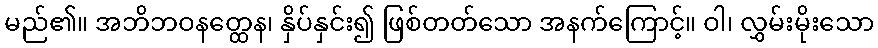
မည်၏။ အဘိဘဝနတ္ထေန၊ နှိပ်နှင်း၍ ဖြစ်တတ်သော အနက်ကြောင့်။ ဝါ၊ လွှမ်းမိုးသော